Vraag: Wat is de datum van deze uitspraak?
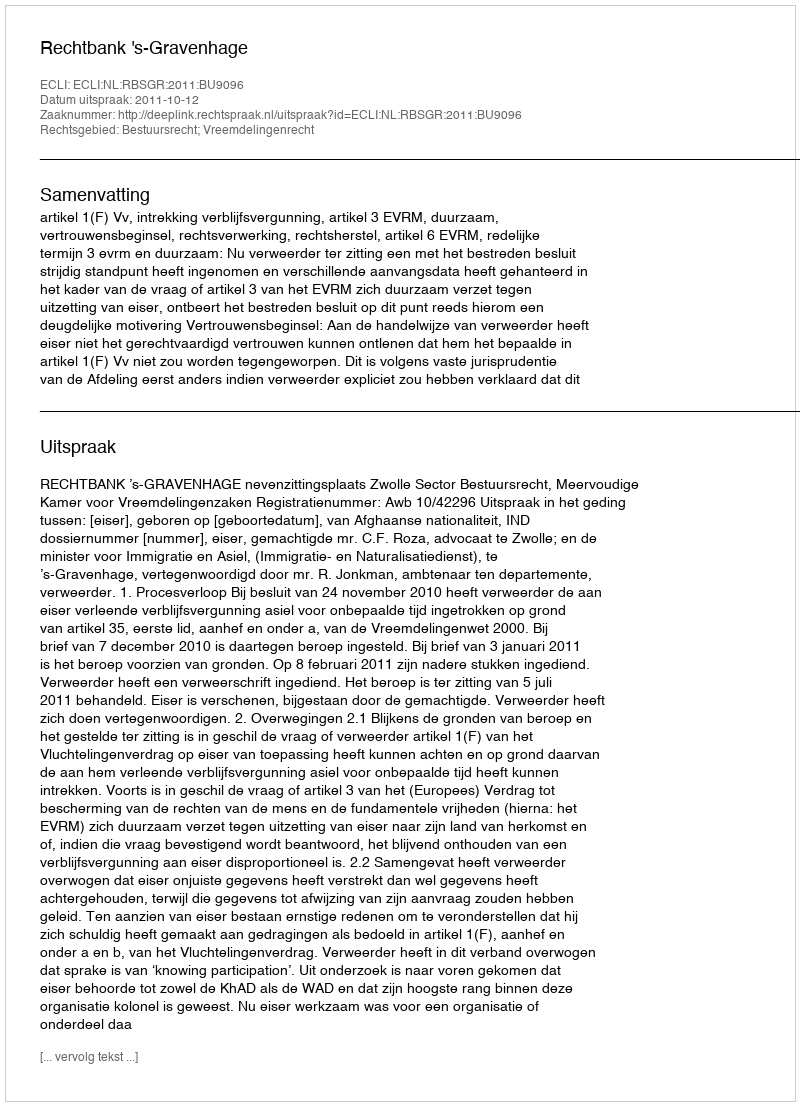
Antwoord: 2011-10-12